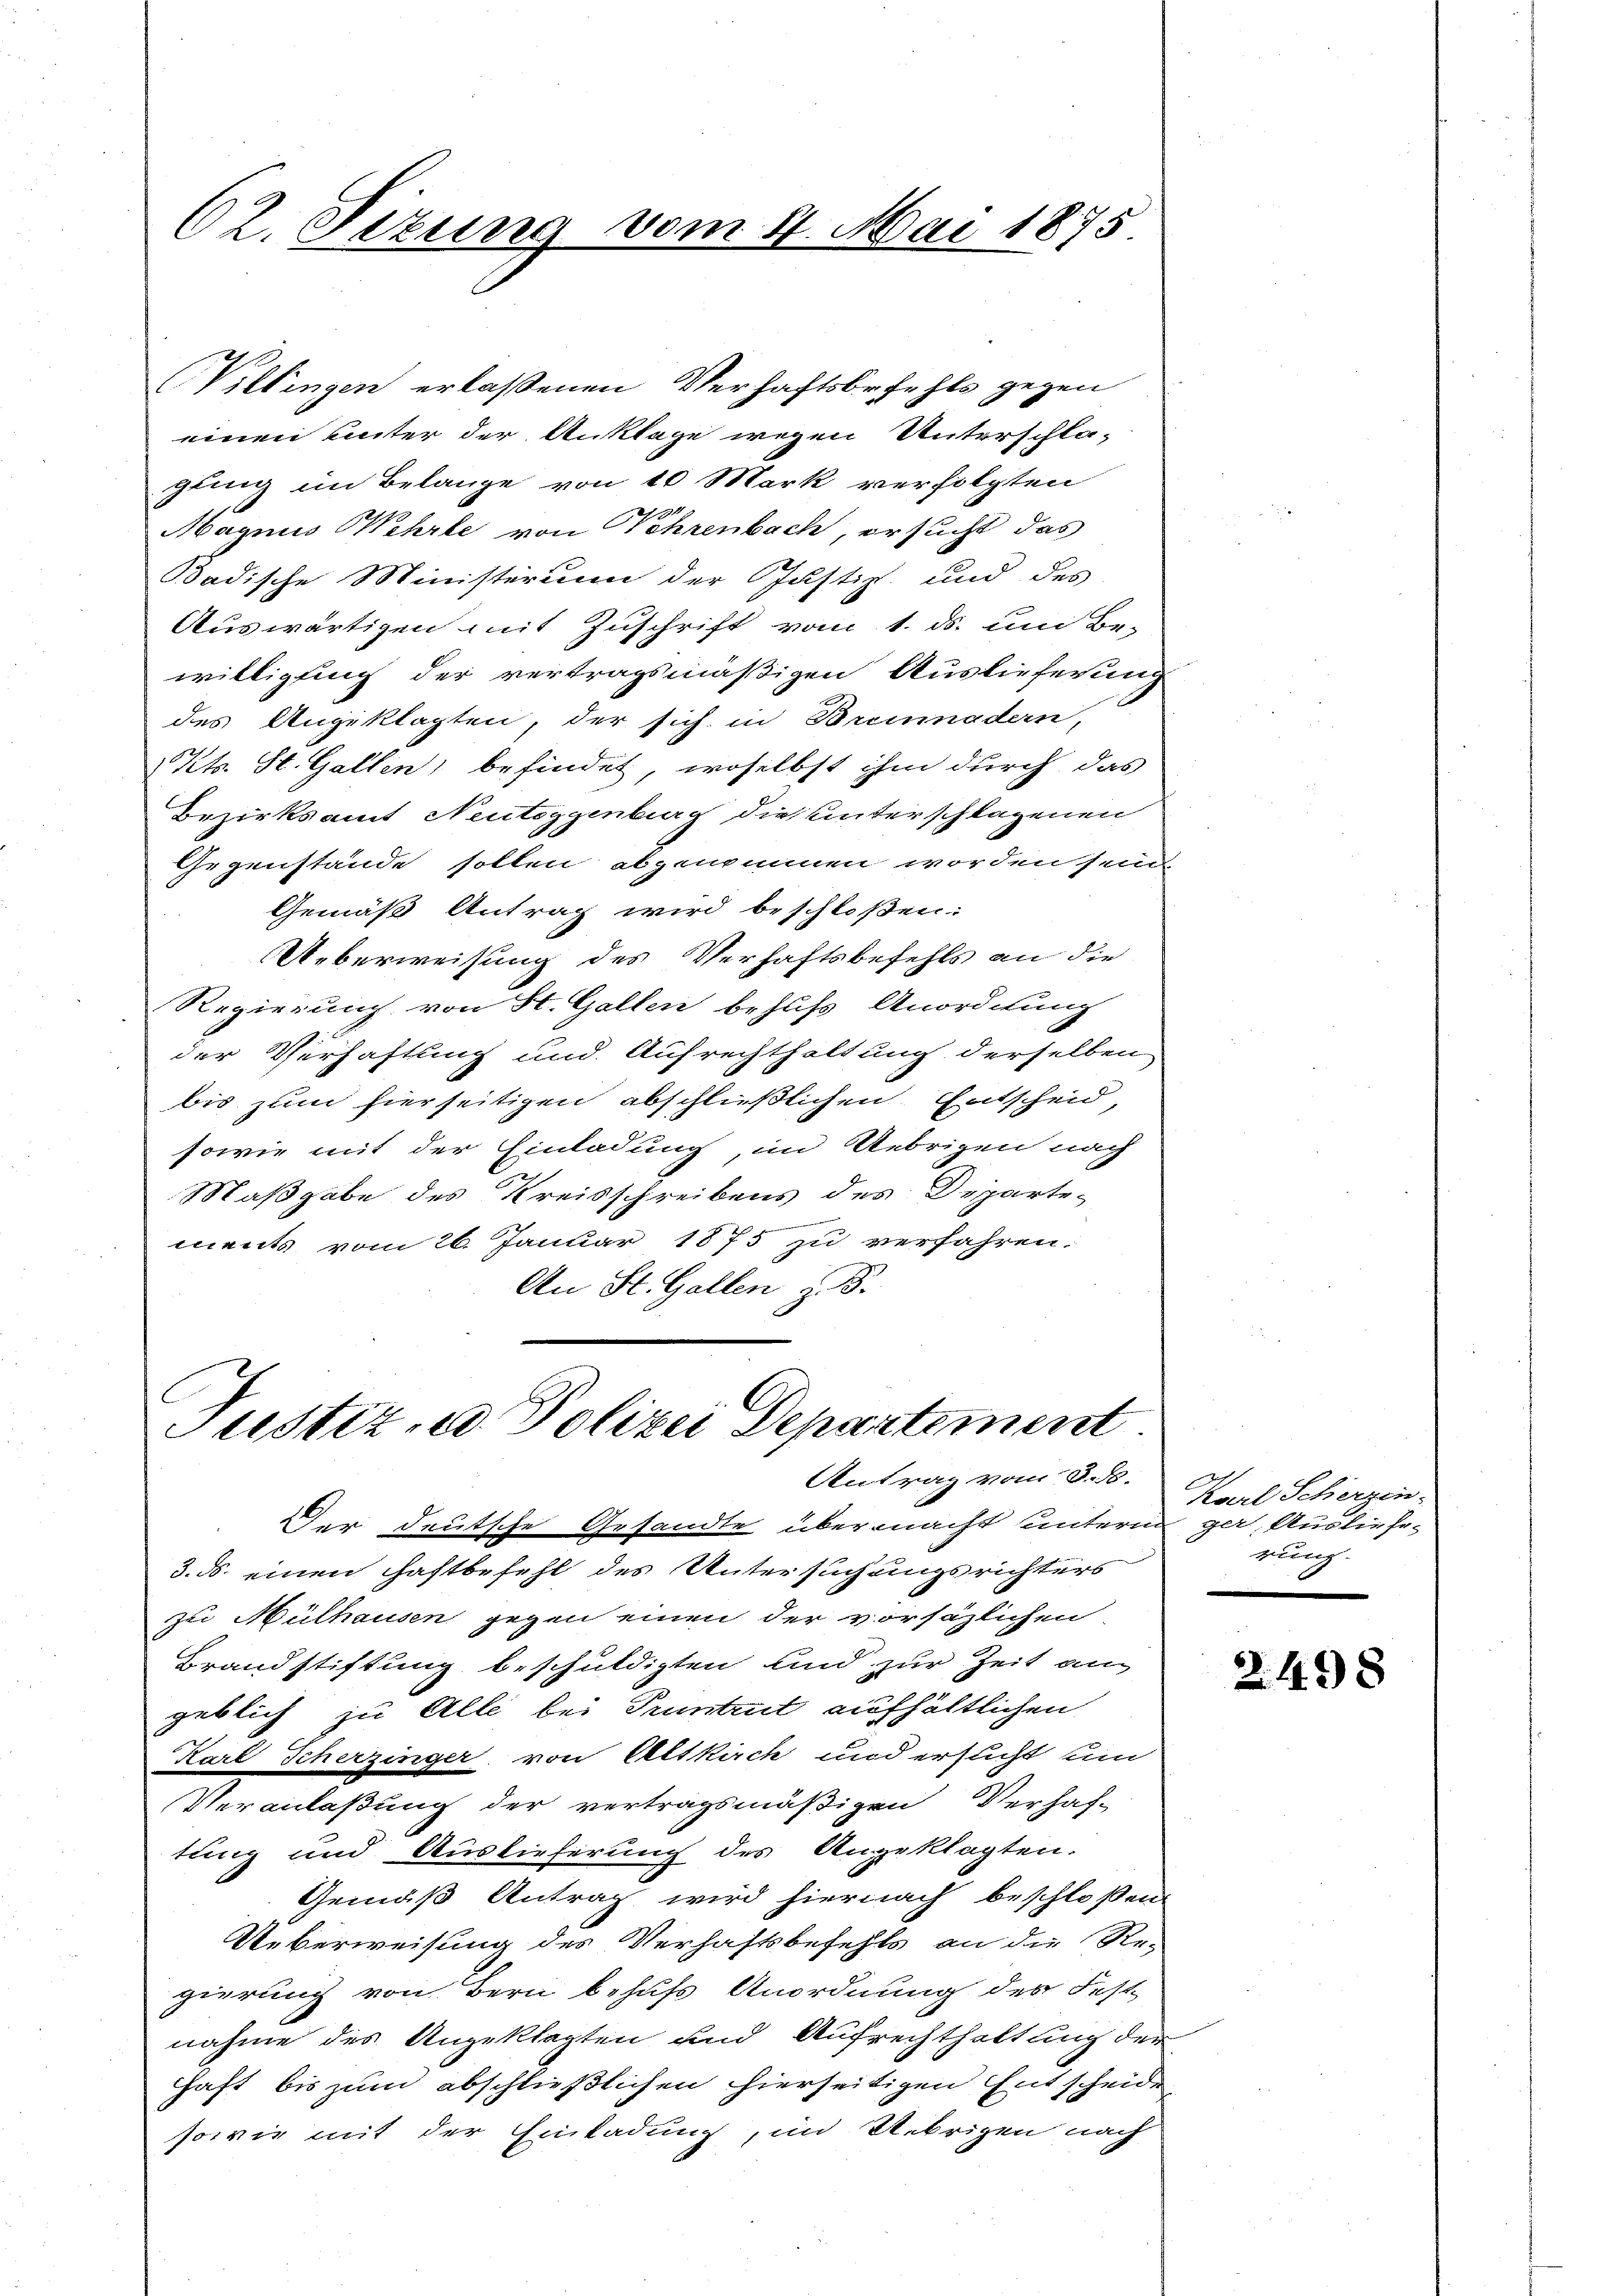
Willingen erlaßenen Verhaftsbefehls gegen
einen unter der Anklage wegen Unterschla-
gung im Belange von 10 Mark verfolgten
Magnus Wehrte von ehrenbach, ersucht das
Badische Ministerium der Justiz und des
Auswärtigen mit Zuschrift vom 1. ds. um Be-
willigung der vertragsmäßigen Auslieferung
des Angeklagten, der sich in Brennadern,
Kt. St. Gallen befindet, woselbst ihm durch das
Bezirksamt Neutoggenburg die unterschlagenen
Gegenstände sollen abgenommen worden seine
Gemäß Antrag wird beschloßen:
Ueberweisung des Verhaftsbefehls an die
Regierung von St. Gallen behufs Anordnung
der Verhaftung und Aufrechthaltung derselben
bis zum hierseitigen abschließlichen Entscheid,
sowie mit der Einladung im Uebrigen nach
Maßgabe des Kreisschreibens des Departements vom 26. Januar 1875 zu verfahren:
An St. Gallen z. B.

62. Dizung vom 11. Mai 1875

Justiz- u Polizei Departement
Antrag vom 3. S.

Der deutsche Gesandte übermacht unterm gar, Ausliefe¬
3. ds. einen Haftbefehl des Untersuchungsrichters
zu Mülhausen gegen einen der vorsäzlichen
Brandstiftung beschuldigten und zur Zeit an
geblich zu Alle bei Pruntrut aufhältlichen
Karl Scherzinger, von Altkirch und ersucht un
Veranlaßung der vertragsmäßigen Verhaf-
tung und Auslieferung des Angeklagten.
Gemäß Antrag wird hiernach beschloßen
Ueberweisung des Verhaftsbefehls an die Re-
gierung von Bern behufs Anordnung des Festnahme des Angeklagten und Aufrechthaltung der
haft bis zum abschließlichen hierseitigen Entscheide
sowie mit der Einladung, im Uebrigen nach

Karl Scherzen.
rung.

2498